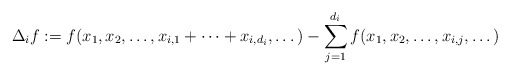
\begin{align*}\Delta_i f := f(x_1, x_2, \dots, x_{i,1}+\cdots+ x_{i,d_i}, \dots)- \sum_{j=1}^{d_i} f(x_1, x_2, \dots, x_{i,j}, \dots)\end{align*}